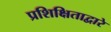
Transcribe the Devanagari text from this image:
प्रशिक्षिताद्वारे